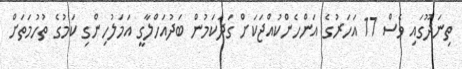
ތިނަދޫގައި ވެސް 17 އަހަރުގެ އަންހެންކުއްޖަކަށް ގަދަކަމުން ބަދުއަހްލާގީ އަމަލުހިންގި ކަމުގެ ތުހުމަތަށް